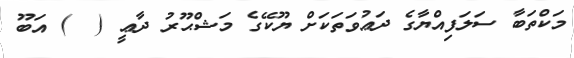
މަކްތަބާ ސަލަފިއްޔާގެ ދަޢުވަތަކަށް ޔޫކޭގެ މަޝްޙޫރު ދާޢީ (  ) އަބޫ